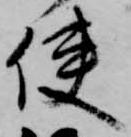
使